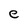
Character: e